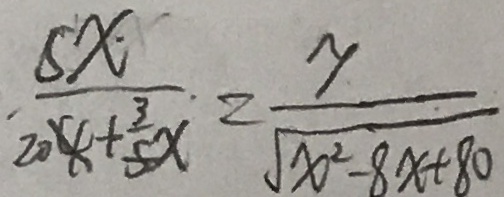
\frac { 5 x \cdot } { 2 0 4 + \frac { 3 } { 5 } x } = \frac { y } { \sqrt { x ^ { 2 } - 8 x + 8 0 } }